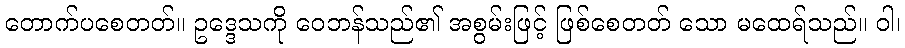
တောက်ပစေတတ်။ ဥဒ္ဒေသကို ဝေဘန်သည်၏ အစွမ်းဖြင့် ဖြစ်စေတတ် သော မထေရ်သည်။ ဝါ၊